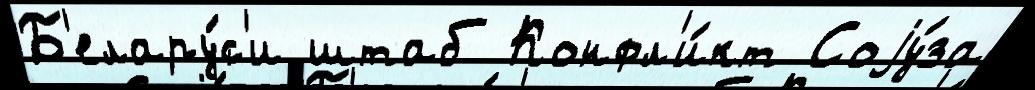
Б'елару́с'и штаб Конфл'и́кт Соjу́за